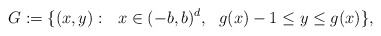
\begin{align*}G:=\{ (x, y):\ \ x\in (-b,b)^{d},\ \ g(x)-1\le y\leq g(x)\},\end{align*}